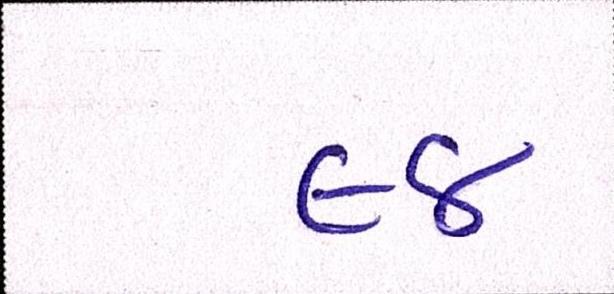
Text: ૯૪